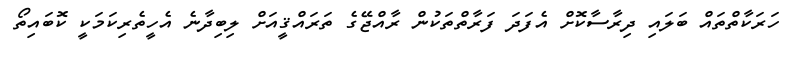
ހަރަކާތްތައް ބަލައި ދިރާސާކޮށް އެފަދަ ފަރާތްތަކުން ރާއްޖޭގެ ތަރައްޤީއަށް ލިބިދާނެ އެހީތެރިކަމަކީ ކޮބައިތޯ